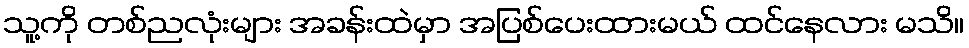
သူ့ကို တစ်ညလုံးများ အခန်းထဲမှာ အပြစ်ပေးထားမယ် ထင်နေလား မသိ။